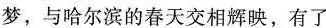
梦，与哈尔滨的春天交相辉映，有了